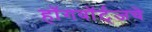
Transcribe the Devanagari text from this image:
हॉगवॉर्ट्‌जचे